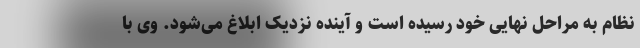
نظام به مراحل نهایی خود رسیده است و آینده نزدیک ابلاغ می‌شود. وی با